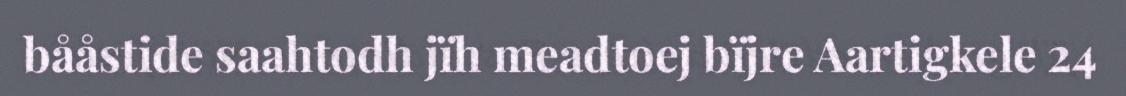
bååstide saahtodh jïh meadtoej bïjre Aartigkele 24